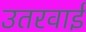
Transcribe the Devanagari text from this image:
उतरवाई